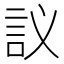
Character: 𲁤